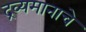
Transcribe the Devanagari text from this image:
द्रव्यमानाचे